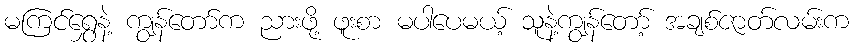
မကြင်ရွှေနဲ့ ကျွန်တော်က ညားဖို့ ဖူးစာ မပါပေမယ့် သူနဲ့ကျွန်တော့် အချစ်ဇာတ်လမ်းက